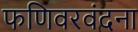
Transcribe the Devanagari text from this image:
फणिवरवंदना